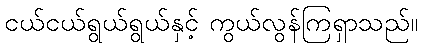
ငယ်ငယ်ရွယ်ရွယ်နှင့် ကွယ်လွန်ကြရှာသည်။